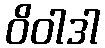
ဝိဝါဒါ